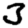
Digit: 3